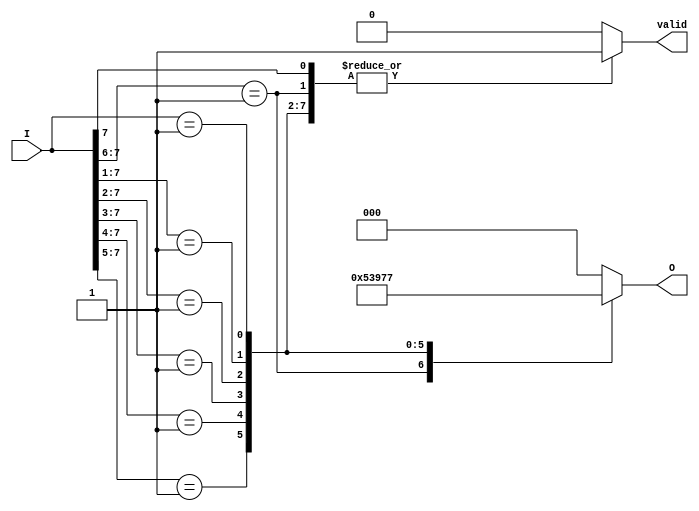
module encoder_8to3 (
    input wire [7:0] I,  // 8 input lines
    output reg [2:0] O,  // 3-bit output
    output reg valid      // Output valid signal
);

always @(*) begin
    // Default values
    O = 3'b000;          // Default output
    valid = 1'b0;       // Default valid signal

    // Priority encoding
    casez (I)
        8'b1??????? : begin O = 3'b000; valid = 1'b1; end // I0
        8'b01?????? : begin O = 3'b001; valid = 1'b1; end // I1
        8'b001????? : begin O = 3'b010; valid = 1'b1; end // I2
        8'b0001???? : begin O = 3'b011; valid = 1'b1; end // I3
        8'b00001??? : begin O = 3'b100; valid = 1'b1; end // I4
        8'b000001?? : begin O = 3'b101; valid = 1'b1; end // I5
        8'b0000001? : begin O = 3'b110; valid = 1'b1; end // I6
        8'b00000001 : begin O = 3'b111; valid = 1'b1; end // I7
        default: begin O = 3'b000; valid = 1'b0; end      // Invalid state
    endcase
end

endmodule